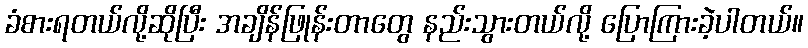
ခံစားရတယ်လို့ဆိုပြီး အချိန်ဖြုန်းတာတွေ နည်းသွားတယ်လို့ ပြောကြားခဲ့ပါတယ်။